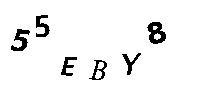
55EBY8